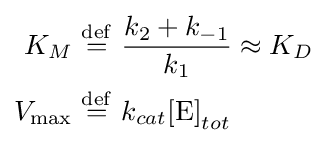
{\begin{aligned}K_{M}\ &{\stackrel {\mathrm {def} }{=}}\ {\frac {k_{2}+k_{-1}}{k_{1}}}\approx K_{D}\\V_{\max }\ &{\stackrel {\mathrm {def} }{=}}\ k_{cat}{[\mathrm {E} ]}_{tot}\end{aligned}}